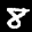
Label: 8